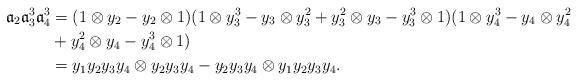
LaTeX: \begin{align*}\mathfrak{a}_2\mathfrak{a}_3^3 \mathfrak{a}_4^3 &= (1 \otimes y_2- y_2 \otimes 1) (1 \otimes y_3^3- y_3 \otimes y_3^2+ y_3^2 \otimes y_3- y_3^3 \otimes 1) (1 \otimes y_4^3- y_4 \otimes y_4^2 \\& + y_4^2 \otimes y_4- y_4^3 \otimes 1) \\&= y_1y_2y_3y_4 \otimes y_2y_3y_4 - y_2y_3y_4 \otimes y_1y_2y_3y_4.\end{align*}